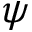
\psi